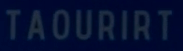
TAOURIRT